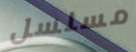
مسلسل